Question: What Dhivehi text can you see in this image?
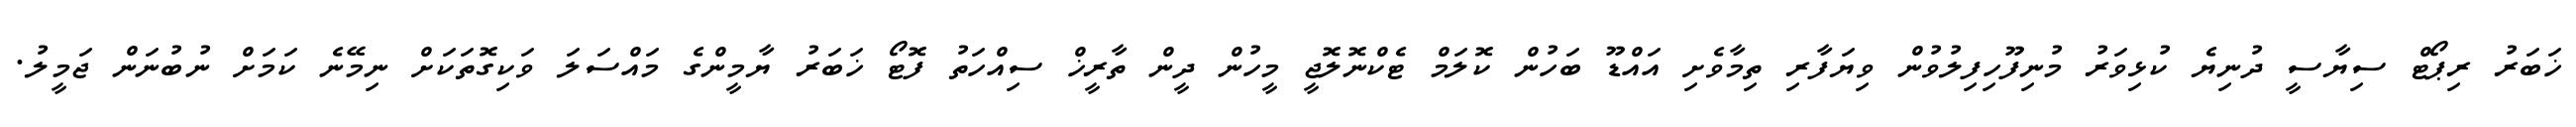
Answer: ޚަބަރު ރިޕޯޓް ސިޔާސީ ދުނިޔެ ކުޅިވަރު މުނިފޫހިފިލުވުން ވިޔަފާރި ތިމާވެށި އައްޑޫ ބަހުން ކޮލަމް ޓެކްނޮލޮޖީ މީހުން ދީން ތާރީޚް ސިއްހަތު ފޮޓޯ ޚަބަރު ޔާމީންގެ މައްސަލަ ވަކިގޮތަކަށް ނިމޭނެ ކަމަށް ނުބުނަން ޖަމީލު.